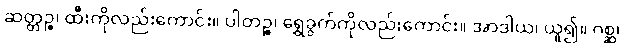
ဆတ္တဉ္စ၊ ထီးကိုလည်းကောင်း။ ပါတဉ္စ၊ ရွှေခွက်ကိုလည်းကောင်း။ အာဒါယ၊ ယူ၍။ ဂစ္ဆ၊